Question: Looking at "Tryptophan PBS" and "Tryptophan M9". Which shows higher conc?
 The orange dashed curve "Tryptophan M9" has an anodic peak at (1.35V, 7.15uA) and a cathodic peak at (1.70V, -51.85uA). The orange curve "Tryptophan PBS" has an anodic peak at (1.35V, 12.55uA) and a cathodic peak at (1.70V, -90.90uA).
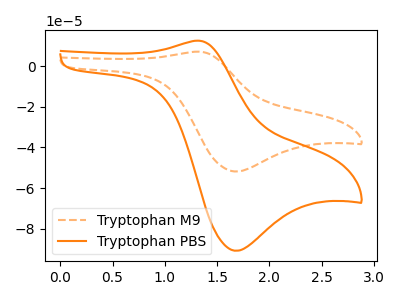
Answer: <think>All the peaks in "Tryptophan PBS" have a peak in "Tryptophan M9" at the same potential. Every peak in "Tryptophan PBS" is higher than every peak in "Tryptophan M9".
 </think>
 <answer>"Tryptophan PBS" has more signal than "Tryptophan M9" and so likely has a higher concentration.</answer>
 <eval>more_concentration</eval>